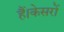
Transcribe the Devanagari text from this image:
हैं।केसरों